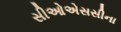
સીઓએસસીના